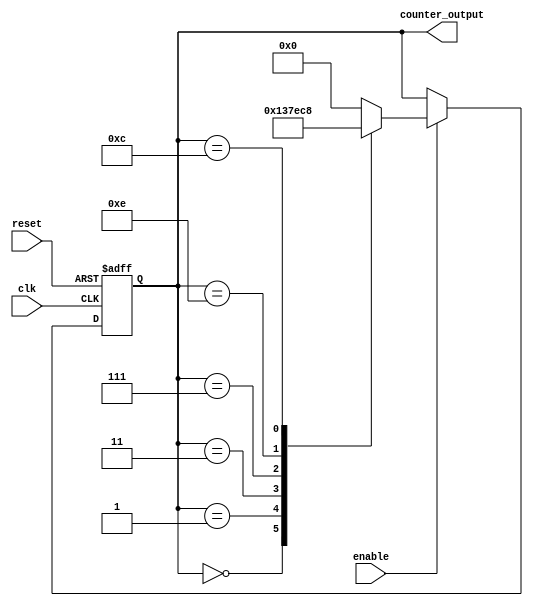
module johnson_counter_divider (
    input wire clk,
    input wire reset,
    input wire enable,
    output reg [3:0] counter_output
);

reg [3:0] counter;

always @(posedge clk or posedge reset) begin
    if (reset) begin
        counter <= 4'b0000;
    end else if (enable) begin
        case (counter)
            4'b0000: counter <= 4'b0001;
            4'b0001: counter <= 4'b0011;
            4'b0011: counter <= 4'b0111;
            4'b0111: counter <= 4'b1110;
            4'b1110: counter <= 4'b1100;
            4'b1100: counter <= 4'b1000;
            default: counter <= 4'b0000;
        endcase
    end
end

assign counter_output = counter;

endmodule